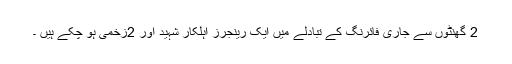
2 گھنٹوں سے جاری فائرنگ کے تبادلے میں ایک رینجرز اہلکار شہید اور 2زخمی ہو چکے ہیں ۔